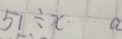
5 1 \div x \cdots a